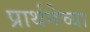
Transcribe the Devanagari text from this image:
प्रार्थनेच्या